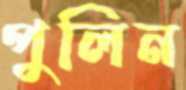
পুলিন